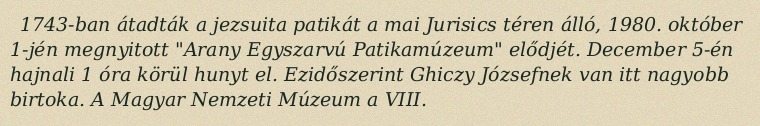
1743-ban átadták a jezsuita patikát a mai Jurisics téren álló, 1980. október 1-jén megnyitott "Arany Egyszarvú Patikamúzeum" elődjét. December 5-én hajnali 1 óra körül hunyt el. Ezidőszerint Ghiczy Józsefnek van itt nagyobb birtoka. A Magyar Nemzeti Múzeum a VIII.